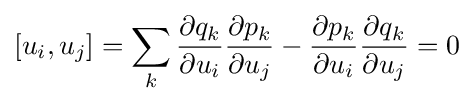
[u_{i},u_{j}]=\sum _{k}{\frac {\partial q_{k}}{\partial u_{i}}}{\frac {\partial p_{k}}{\partial u_{j}}}-{\frac {\partial p_{k}}{\partial u_{i}}}{\frac {\partial q_{k}}{\partial u_{j}}}=0